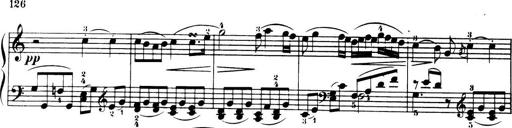
Title: 32 Sonatinas and Rondos for the Piano
Composer: Richard Kleinmichel